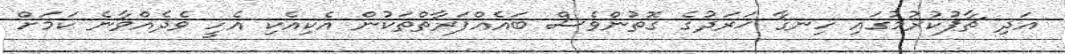
އަދި ޗާޕުކުރުމުގައި ހިނގާ ޚަރަދުގެ ގޮތުންވެސް ބައެއްފަރާތްތަކުން އެކިއެކި އެހީ ވެދެއްވާނެ ކަމަށް